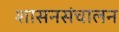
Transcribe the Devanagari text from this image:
शासनसंचालन